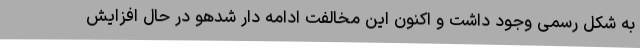
به شکل رسمی وجود داشت و اکنون این مخالفت ادامه دار شدهو در حال افزایش